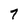
Character: 7